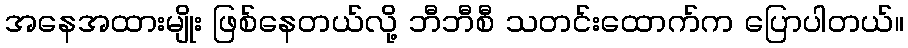
အနေအထားမျိုး ဖြစ်နေတယ်လို့ ဘီဘီစီ သတင်းထောက်က ပြောပါတယ်။